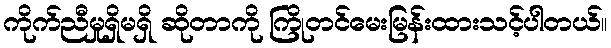
ကိုက်ညီမှုရှိမရှိ ဆိုတာကို ကြိုတင်မေးမြန်းထားသင့်ပါတယ်။